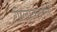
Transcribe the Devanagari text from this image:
गोलावरून